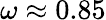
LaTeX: \omega\approx 0.85